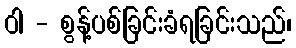
ဝါ - စွန့်ပစ်ခြင်းခံရခြင်းသည်၊